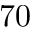
7 0